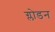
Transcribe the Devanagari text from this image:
ग्लोडन